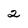
Character: 2